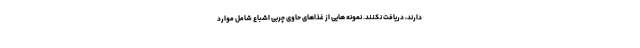
دارند، دریافت نکنند. نمونه هایی از غذاهای حاوی چربی اشباع شامل موارد